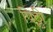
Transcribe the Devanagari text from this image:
पिट्टी